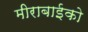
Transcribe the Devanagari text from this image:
मीराबाईको